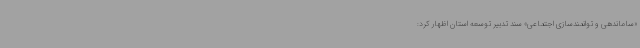
«ساماندهی و توانمندسازی اجتماعی» سند تدبیر توسعه استان اظهار کرد: